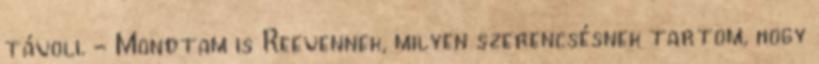
távoli. - Mondtam is Reevennek, milyen szerencsésnek tartom, hogy